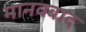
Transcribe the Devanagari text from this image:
मानवबाद